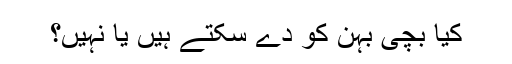
کیا بچی بہن کو دے سکتے ہیں یا نہیں؟